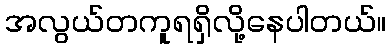
အလွယ်တကူရရှိလို့နေပါတယ်။